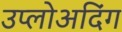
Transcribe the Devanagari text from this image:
उप्लोअदिंग